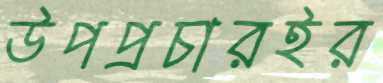
উপপ্রচারইর